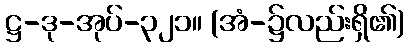
ဋ္ဌ-ဒု-အုပ်-၃၂၁။ (အံ-၌လည်းရှိ၏)